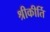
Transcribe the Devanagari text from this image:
श्रीकीर्ति